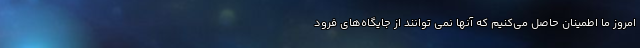
امروز ما اطمینان حاصل می‌کنیم که آنها نمی توانند از جایگاه‌های فرود